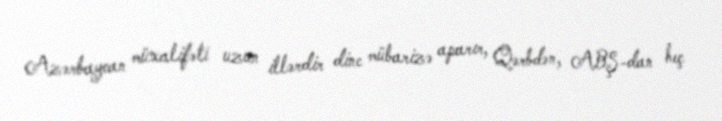
Azərbaycan müxalifəti uzun illərdir dinc mübarizə aparır, Qərbdən, ABŞ-dan heç